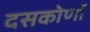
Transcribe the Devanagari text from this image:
दसकोणों